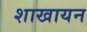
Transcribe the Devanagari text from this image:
शाखायन